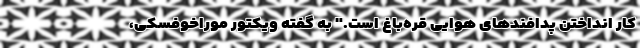
کار انداختن پدافندهای هوایی قره‌باغ است." به گفته ویکتور موراخوفسکی،